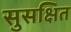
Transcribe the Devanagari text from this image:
सुसक्षित